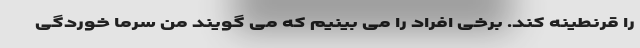
را قرنطینه کند. برخی افراد را می بینیم که می گویند من سرما خوردگی